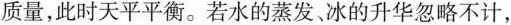
质量，此时天平平衡。若水的蒸发、冰的升华忽略不计，